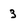
Character: 3